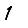
Digit: 1